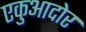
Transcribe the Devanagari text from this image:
एकुआदोर